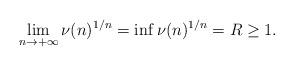
LaTeX: \begin{align*}\lim_{n\to +\infty} \nu(n)^{1/ n}=\inf \nu(n)^{1/n} =R\geq 1.\end{align*}